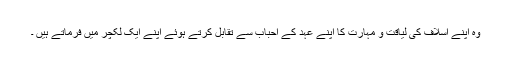
وہ اپنے اسلاف کی لیاقت و مہارت کا اپنے عہد کے احباب سے تقابل کرتے ہوئے اپنے ایک لکچر میں فرماتے ہیں ۔